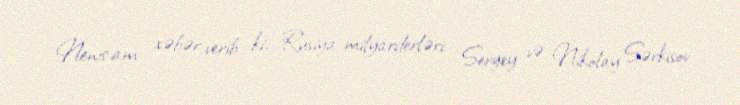
News.am xəbər verib ki, Rusiya milyarderləri Sergey və Nikolay Sərkisov